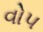
વોપ